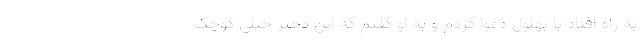
به راه افتاد با بهلول دعوا کردم و به او گفتم که این دختر خیلی کوچک